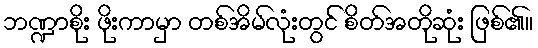
ဘဏ္ဍာစိုး ဖိုးကာမှာ တစ်အိမ်လုံးတွင် စိတ်အတိုဆုံး ဖြစ်၏။